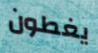
يغطون